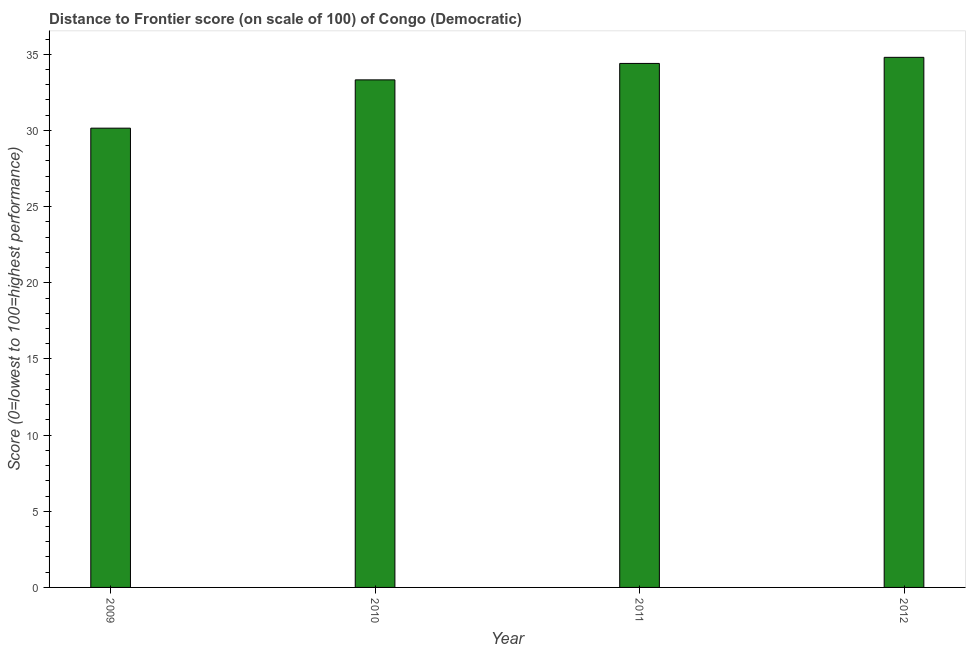
| Year | Distance to frontier score |
 | --- | --- |
 | 2009 | 30.1 |
 | 2010 | 33.3 |
 | 2011 | 34.4 |
 | 2012 | 34.8 |